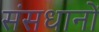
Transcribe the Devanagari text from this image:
संसधानों